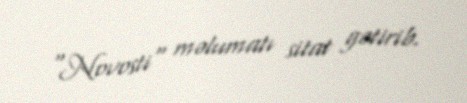
"Novosti" məlumatı sitat gətirib.